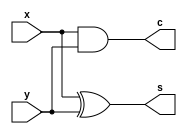
module LAB03_HALFADDER(
	x,y,c,s
);
	input x,y;
	output c,s;
	assign s = x^y;
	assign c = x&y;
	
endmodule